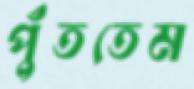
পুঁততেম